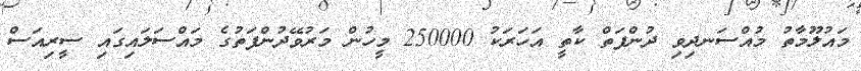
މައުލޫމާތު މުއްސަނދިވި ދުންފަތް ކާތީ އަހަރަކު 250000 މީހުން މަރުވޭދުންފަތުގެ މައްސަލައިގައި ސީރިއަސް